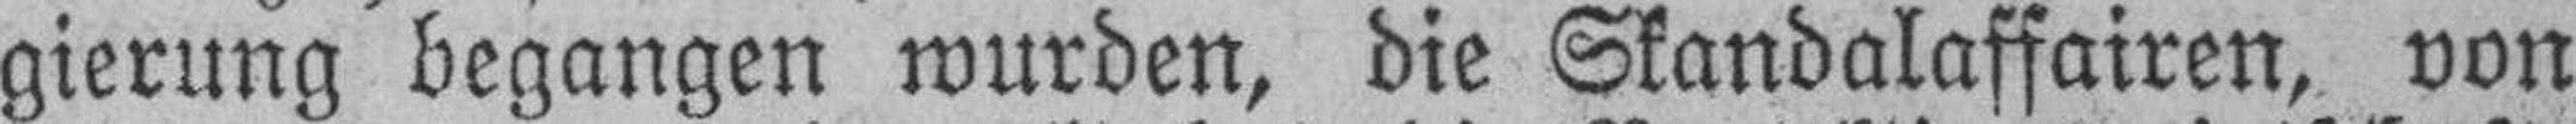
gierung begangen wurden, die Skandalaffairen, von